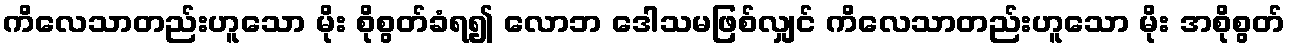
ကိလေသာတည်းဟူသော မိုး စိုစွတ်ခံရ၍ လောဘ ဒေါသမဖြစ်လျှင် ကိလေသာတည်းဟူသော မိုး အစိုစွတ်